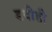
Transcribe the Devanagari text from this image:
डवीडी